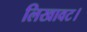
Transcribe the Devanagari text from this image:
लिखावट।